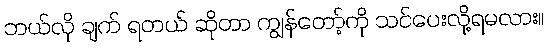
ဘယ်လို ချက် ရတယ် ဆိုတာ ကျွန်တော့်ကို သင်ပေးလို့ရမလား။